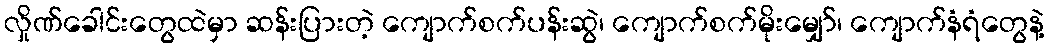
လှိုဏ်ခေါင်းတွေထဲမှာ ဆန်းပြားတဲ့ ကျောက်စက်ပန်းဆွဲ၊ ကျောက်စက်မိုးမျှော်၊ ကျောက်နံရံတွေနဲ့